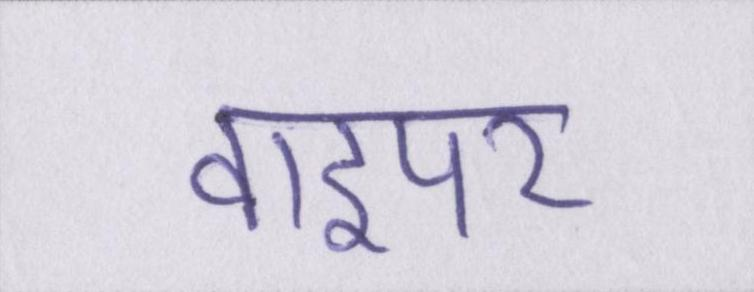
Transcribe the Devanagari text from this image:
वाइपर